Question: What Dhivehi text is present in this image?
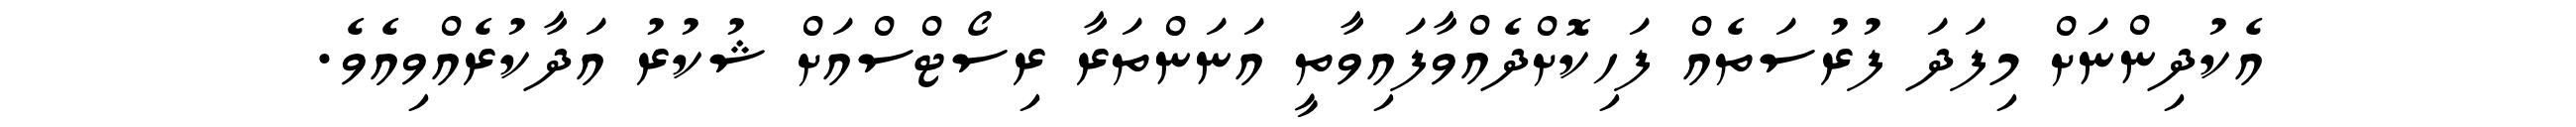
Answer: އެކުދިންނަށް މިފަދަ ފުރުސަތެއް ފަހިކޮށްދެއްވާފައިވާތީ އަނަންތަރާ ރިސޯޓްސްއަށް ޝުކުރު އަދާކުރެއްވިއެވެ.